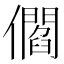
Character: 𠐩